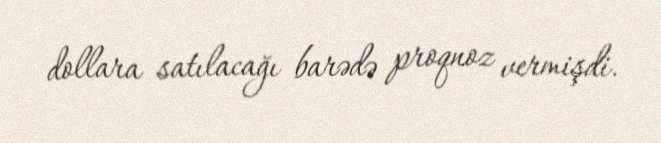
dollara satılacağı barədə proqnoz vermişdi.